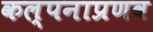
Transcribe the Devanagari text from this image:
कल्पनाप्रणव